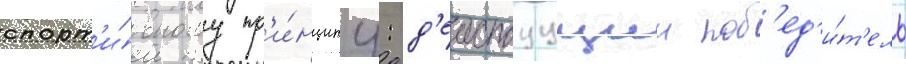
спорт'и́вному пр'и́нципу: д'еиствуущии поб'ед'и́т'ель